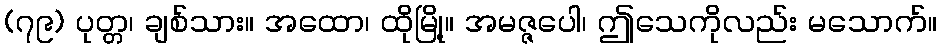
(၇၉) ပုတ္တ၊ ချစ်သား။ အထော၊ ထိုမြို့။ အမဇ္ဇပေါ၊ ဤသေကိုလည်း မသောက်။